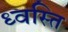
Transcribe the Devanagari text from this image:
ध्वस्ति